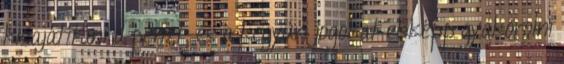
kisajátítani a pénzt, és a kegyúri jogokat ekképp gyakorolni